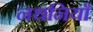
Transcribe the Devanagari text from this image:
नथनियाँ